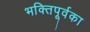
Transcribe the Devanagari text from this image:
भक्तिपूर्वका